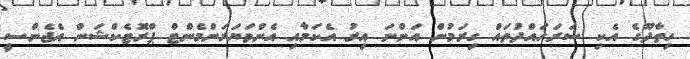
ހިތާދޫގެ އެކި ސަރަހައްދުތައް ގިރަމުން އަންނަ އިރު އެކަމާއި އެންވަޔަރަންމެންޓް ޕްރޮޓެކްޝަން އެޖެންސީ